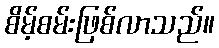
စိမ့်စမ်းဖြစ်လာသည်။